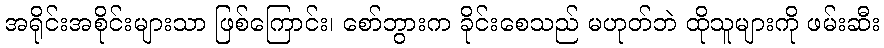
အရိုင်းအစိုင်းများသာ ဖြစ်ကြောင်း၊ စော်ဘွားက ခိုင်းစေသည် မဟုတ်ဘဲ ထိုသူများကို ဖမ်းဆီး